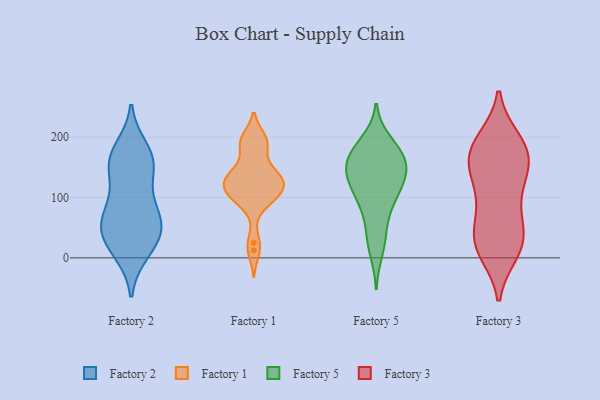
{"axis": {"x": "Latency (ms)", "y": "Value"}, "legend": ["Factory 1", "Factory 2", "Factory 3", "Factory 5"], "data": [{"x": "", "y": 47, "type": "Factory 2"}, {"x": "", "y": 35, "type": "Factory 2"}, {"x": "", "y": 156, "type": "Factory 2"}, {"x": "", "y": 156, "type": "Factory 2"}, {"x": "", "y": 18, "type": "Factory 2"}, {"x": "", "y": 158, "type": "Factory 2"}, {"x": "", "y": 86, "type": "Factory 2"}, {"x": "", "y": 60, "type": "Factory 2"}, {"x": "", "y": 47, "type": "Factory 2"}, {"x": "", "y": 10, "type": "Factory 2"}, {"x": "", "y": 158, "type": "Factory 2"}, {"x": "", "y": 179, "type": "Factory 2"}, {"x": "", "y": 62, "type": "Factory 2"}, {"x": "", "y": 96, "type": "Factory 2"}, {"x": "", "y": 196, "type": "Factory 1"}, {"x": "", "y": 136, "type": "Factory 1"}, {"x": "", "y": 115, "type": "Factory 1"}, {"x": "", "y": 95, "type": "Factory 1"}, {"x": "", "y": 97, "type": "Factory 1"}, {"x": "", "y": 25, "type": "Factory 1"}, {"x": "", "y": 100, "type": "Factory 1"}, {"x": "", "y": 187, "type": "Factory 1"}, {"x": "", "y": 187, "type": "Factory 1"}, {"x": "", "y": 108, "type": "Factory 1"}, {"x": "", "y": 134, "type": "Factory 1"}, {"x": "", "y": 197, "type": "Factory 1"}, {"x": "", "y": 124, "type": "Factory 1"}, {"x": "", "y": 149, "type": "Factory 1"}, {"x": "", "y": 123, "type": "Factory 1"}, {"x": "", "y": 12, "type": "Factory 1"}, {"x": "", "y": 139, "type": "Factory 1"}, {"x": "", "y": 122, "type": "Factory 1"}, {"x": "", "y": 134, "type": "Factory 5"}, {"x": "", "y": 160, "type": "Factory 5"}, {"x": "", "y": 85, "type": "Factory 5"}, {"x": "", "y": 32, "type": "Factory 5"}, {"x": "", "y": 174, "type": "Factory 5"}, {"x": "", "y": 165, "type": "Factory 5"}, {"x": "", "y": 10, "type": "Factory 5"}, {"x": "", "y": 123, "type": "Factory 5"}, {"x": "", "y": 158, "type": "Factory 5"}, {"x": "", "y": 138, "type": "Factory 5"}, {"x": "", "y": 168, "type": "Factory 5"}, {"x": "", "y": 151, "type": "Factory 5"}, {"x": "", "y": 193, "type": "Factory 5"}, {"x": "", "y": 87, "type": "Factory 5"}, {"x": "", "y": 113, "type": "Factory 5"}, {"x": "", "y": 44, "type": "Factory 5"}, {"x": "", "y": 129, "type": "Factory 5"}, {"x": "", "y": 188, "type": "Factory 5"}, {"x": "", "y": 102, "type": "Factory 5"}, {"x": "", "y": 22, "type": "Factory 3"}, {"x": "", "y": 137, "type": "Factory 3"}, {"x": "", "y": 25, "type": "Factory 3"}, {"x": "", "y": 58, "type": "Factory 3"}, {"x": "", "y": 79, "type": "Factory 3"}, {"x": "", "y": 188, "type": "Factory 3"}, {"x": "", "y": 184, "type": "Factory 3"}, {"x": "", "y": 145, "type": "Factory 3"}, {"x": "", "y": 10, "type": "Factory 3"}, {"x": "", "y": 22, "type": "Factory 3"}, {"x": "", "y": 157, "type": "Factory 3"}, {"x": "", "y": 15, "type": "Factory 3"}, {"x": "", "y": 125, "type": "Factory 3"}, {"x": "", "y": 97, "type": "Factory 3"}, {"x": "", "y": 47, "type": "Factory 3"}, {"x": "", "y": 155, "type": "Factory 3"}, {"x": "", "y": 172, "type": "Factory 3"}, {"x": "", "y": 195, "type": "Factory 3"}, {"x": "", "y": 189, "type": "Factory 3"}]}